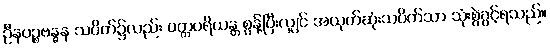
ဦနပဉ္စဗန္ဓန သပိတ်၌လည်း ပတ္တပရိယန္တ စွန့်ပြီးလျှင် အယုတ်ဆုံးသပိတ်သာ သုံးစွဲခွင့်ရသည်။